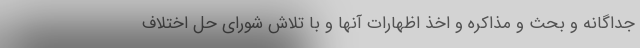
جداگانه و بحث و مذاکره و اخذ اظهارات آنها و با تلاش شورای حل اختلاف